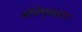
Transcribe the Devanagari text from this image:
श्रीविष्णुसहस्रनाम